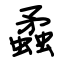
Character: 蟊